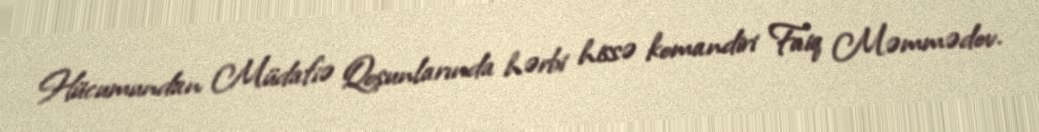
Hücumundan Müdafiə Qoşunlarında hərbi hissə komandiri Faiq Məmmədov.